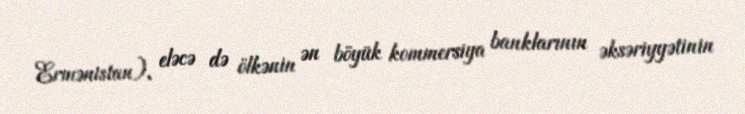
Ermənistan), eləcə də ölkənin ən böyük kommersiya banklarının əksəriyyətinin